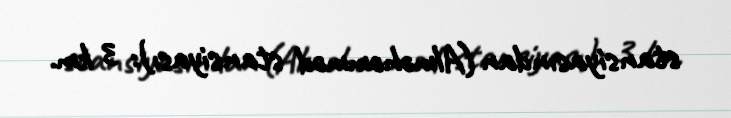
stansiyasından (Alməhəmməd stansiyası): 3 km.